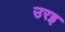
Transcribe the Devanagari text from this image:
उरइ